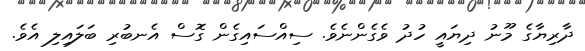
ދާރިޔާގެ މޫނު ދިޔައީ ހުދު ވެގެންނެވެ. ސިއްސައިގެން ގޮސް އެނބުރި ބަލައިލި އެވެ.